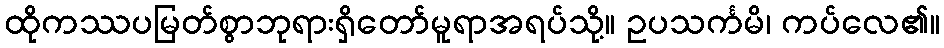
ထိုကဿပမြတ်စွာဘုရားရှိတော်မူရာအရပ်သို့။ ဥပသင်္ကမိ၊ ကပ်လေ၏။